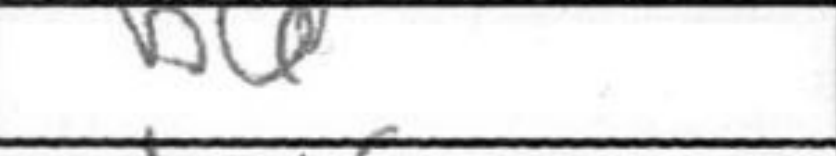
Transcription: b6